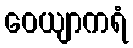
ဝေယျာကရံ